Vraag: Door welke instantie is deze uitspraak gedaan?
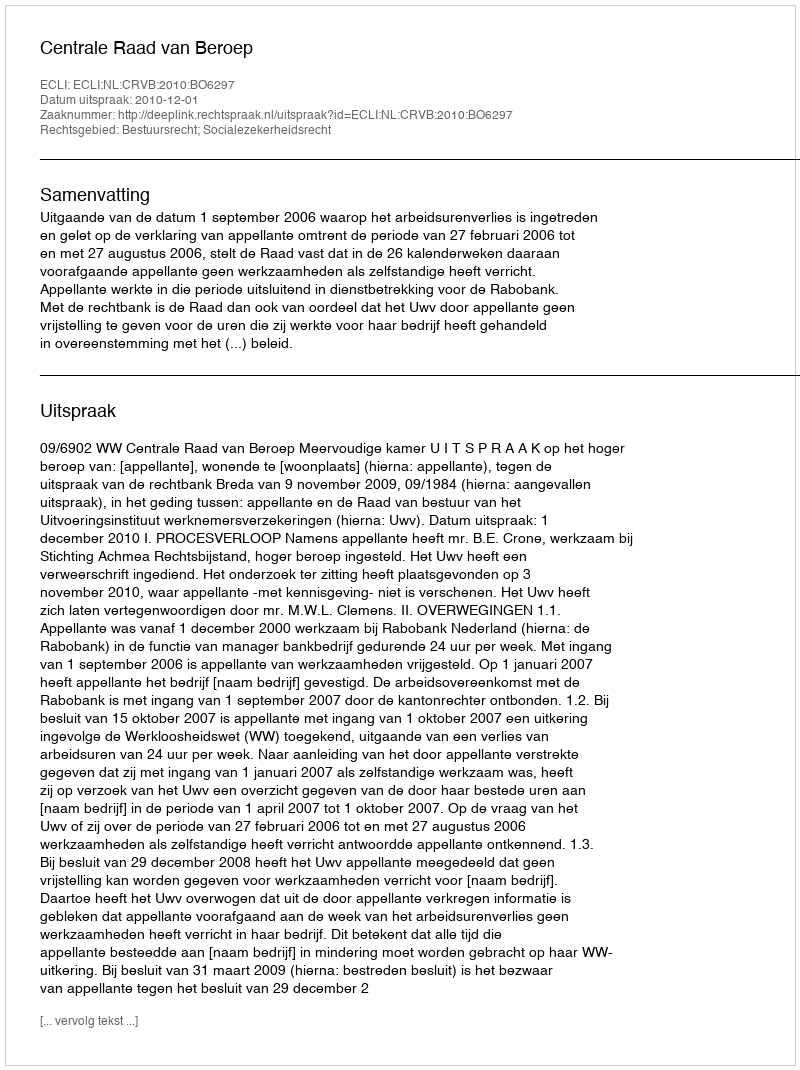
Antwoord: Centrale Raad van Beroep